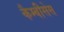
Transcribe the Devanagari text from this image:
कैम्बीसेस